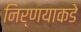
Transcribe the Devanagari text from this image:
निर्णयाकडे